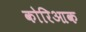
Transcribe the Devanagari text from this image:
कोरिआक